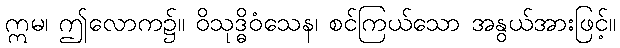
ဣမ၊ ဤလောက၌။ ဝိသုဒ္ဓိဝံသေန၊ စင်ကြယ်သော အနွယ်အားဖြင့်။